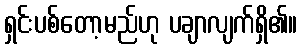
ရှင်းပစ်တော့မည်ဟု ပချာလျက်ရှိ၏။